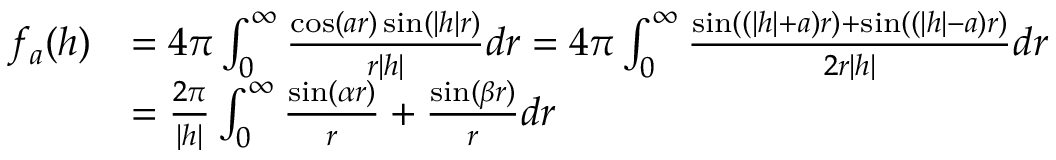
\begin{array} { r l } { f _ { a } ( h ) } & { = 4 \pi \int _ { 0 } ^ { \infty } \frac { \cos ( a r ) \sin ( | h | r ) } { r | h | } d r = 4 \pi \int _ { 0 } ^ { \infty } \frac { \sin ( ( | h | + a ) r ) + \sin ( ( | h | - a ) r ) } { 2 r | h | } d r } \\ & { = \frac { 2 \pi } { | h | } \int _ { 0 } ^ { \infty } \frac { \sin ( \alpha r ) } { r } + \frac { \sin ( \beta r ) } { r } d r } \end{array}